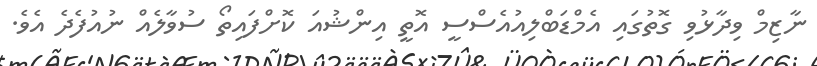
ނާޒިމް ވިދާޅުވި ގޮތުގައި އެމްޑަބްލިއުއެސްސީ އޮތީ އިންޝުއަ ކޮށްފައިތޯ ސުވާލެއް ނުއުފެދެ އެވެ.